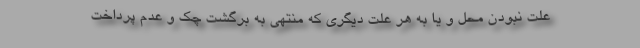
علت نبودن محل و یا به هر علت دیگری که منتهی به برگشت چک و عدم پرداخت